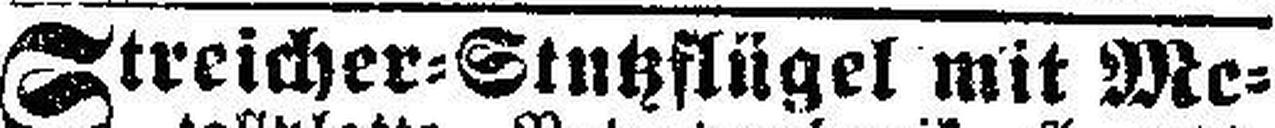
Streicher=Stutzflügel mit Me¬